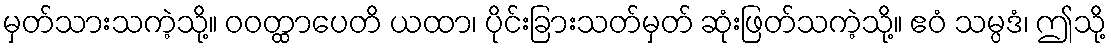
မှတ်သားသကဲ့သို့။ ဝဝတ္ထာပေတိ ယထာ၊ ပိုင်းခြားသတ်မှတ် ဆုံးဖြတ်သကဲ့သို့။ ဧဝံ သမ္ပဒံ၊ ဤသို့